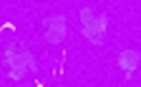
তাঁতঋণ